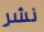
نشر